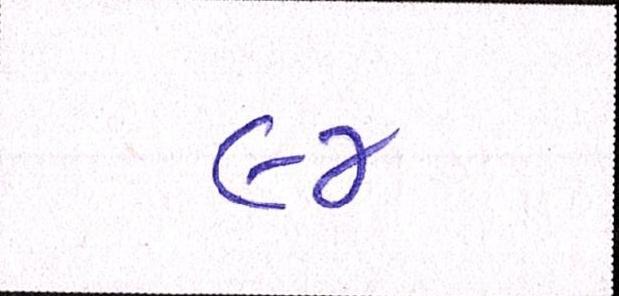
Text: ૯૪